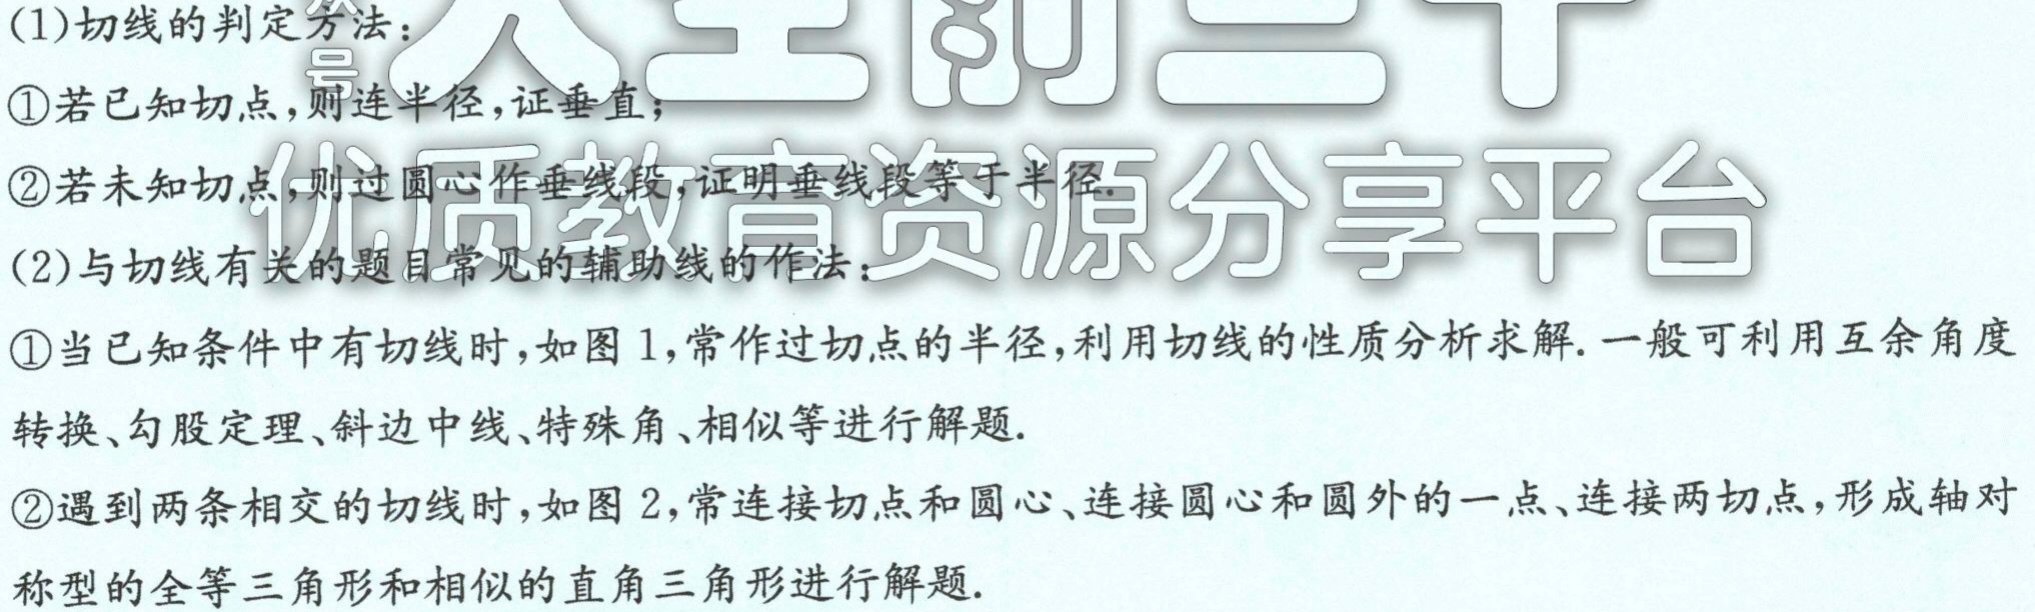
(1)切线的判定方法：
\textcircled{1}若已知切点，则连半径，证垂直；
\textcircled{2}若未知切点，则过圆心作垂线段，证明垂线段等于半径。
(2)与切线有关的题目常见的辅助线的作法：
\textcircled{1}当已知条件中有切线时，如图1，常作过切点的半径，利用切线的性质分析求解. 一般可利用互余角度
转换、勾股定理、斜边中线、特殊角、相似等进行解题.
\textcircled{2}遇到两条相交的切线时，如图2，常连接切点和圆心、连接圆心和圆外的一点、连接两切点，形成轴对
称型的全等三角形和相似的直角三角形进行解题.